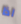
اذا